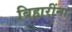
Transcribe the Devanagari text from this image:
बिहारींना